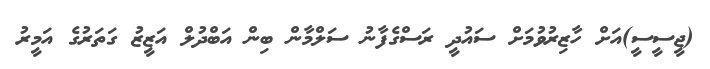
(ޖީސީސީ)އަށް ހާޒިރުވުމަށް ސައުދީ ރަސްގެފާނު ސަލްމާން ބިން އަބްދުލް އަޒީޒު ގަތަރުގެ އަމީރު